Civil Veterinary Dept. Bombay admin report 1900-1906 - 1900-1906
Year: 1900
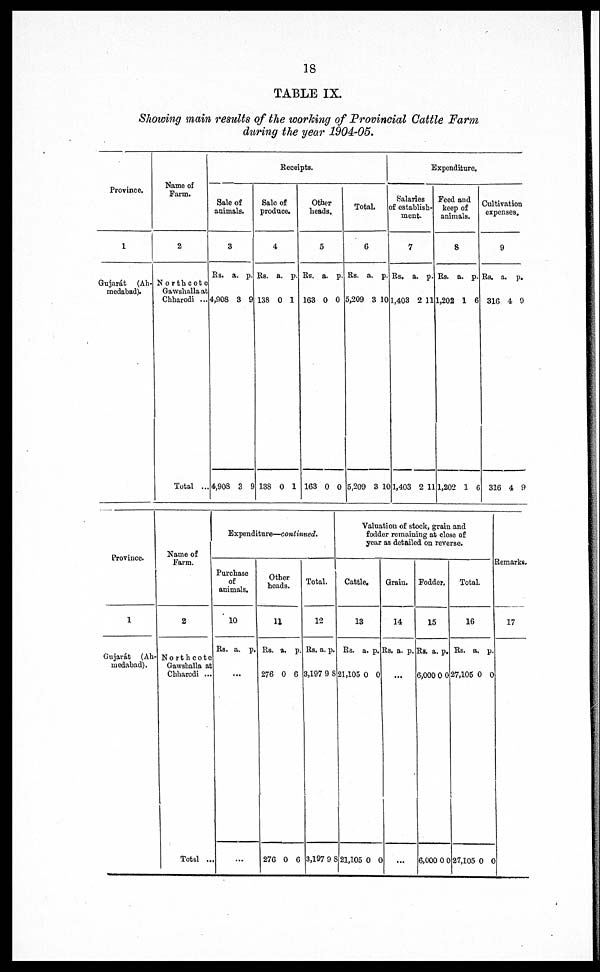
18
TABLE IX
Shouting main results of the working of Provincial Cattle Farm
during the year 1904-05.
Province.
1
Gujarát (Ah-
medabad).
Name of
Farm.
2
Northcoto
Gawshalla at
Chharodi ...
Total ...
Receipts.
Sale of
animals.
3
Rs.
4,908
4,908
a.
3
3
p.
9
9
Sale of
produce.
4
Rs.
138
188
a.
0
0
p.
1
1
Other
heads.
5
Rs.
168
163
a.
0
0
p.
0
0
Total.
6
Rs.
5,209
5,209
a.
3
3
p.
10
10
Expenditure.
Salaries
of establish-
ment.
7
Rs.
1,403
1,403
a.
2
2
p.
11
11
Feed and
keep of
animals.
8
Rs.
1,202
1,202
a.
1
1
p.
6
6
Cultivation
expenses.
9
Rs.
316
316
a.
4
4
p.
0
9
Province.
1
Gujarát (Ah-
medabad).
Name of
Farm.
2
Northcote
Gawshalla at
Chharodi ...
Total ...
Expe
nditure—
con
tinued.
Purchase
of
animals.
10
Rs. a.
...
...
p.
Other
heads.
11
Rs.
276
276
a.
0
0
p.
6
6
Total.
1
2
Rs.
3,19
3,19
a.
7 9
7
p.
8
9 8
Valuation of stock, grain and
fodder remaining at close of
year as detailed on reverse.
Cattle.
13
Rs.
21,105
21,105
a.
0
...
0
p.
...
...
Grain.
14
Rs. a. p.
Fodder.
15
Rs.
6,00
6,0
a.
0 0
00
p.
0
0 0
Total.
16
Rs.
27,10
27,105
a.
5 0
0
p.
0
0
Remarks.
17
...